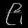
Digit: ၉